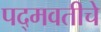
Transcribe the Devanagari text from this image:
पद्मवतीचे